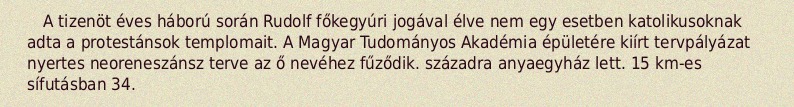
A tizenöt éves háború során Rudolf főkegyúri jogával élve nem egy esetben katolikusoknak adta a protestánsok templomait. A Magyar Tudományos Akadémia épületére kiírt tervpályázat nyertes neoreneszánsz terve az ő nevéhez fűződik. századra anyaegyház lett. 15 km-es sífutásban 34.